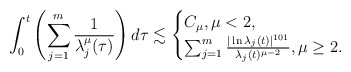
\begin{align*}\int_{0}^{t}\left(\sum_{j=1}^{m}\frac{1}{{\lambda_{j}^{\mu}(\tau)}}\right)d\tau\lesssim\begin{cases}C_{\mu}, \mu<2,\\\sum_{j=1}^{m}\frac{|\ln \lambda_{j}(t)|^{101}}{\lambda_{j}(t)^{\mu-2}}, \mu \geq 2.\end{cases}\end{align*}